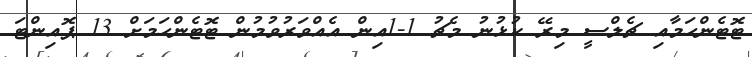
ޓޮޓެންހަމާއި ޗެލްސީ މިރޭ ކުޅުނު މެޗު 1-1އިން އެއްވަރުވުމުން ޓޮޓެންހަމަށް 13 ޕޮއިންޓަ